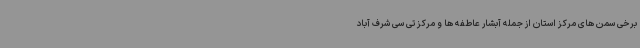
برخی سمن های مرکز استان از جمله آبشار عاطفه ها و مرکز تی سی شرف آباد